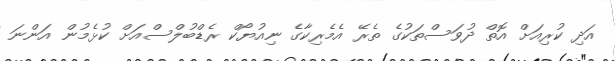
އަދި ކުރިއަށް އޮތް ދުވަސްތަކުގެ ތެރޭ އެމެރިކާގެ ނިއުޔޯކް ރެޑްބުލްސްއަށް ކުޅެމުން އަންނަ